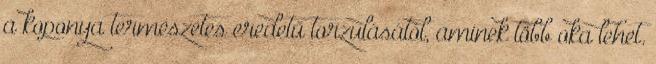
a koponya természetes eredetű torzulásától, aminek több oka lehet.